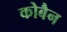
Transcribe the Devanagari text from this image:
कोबैन